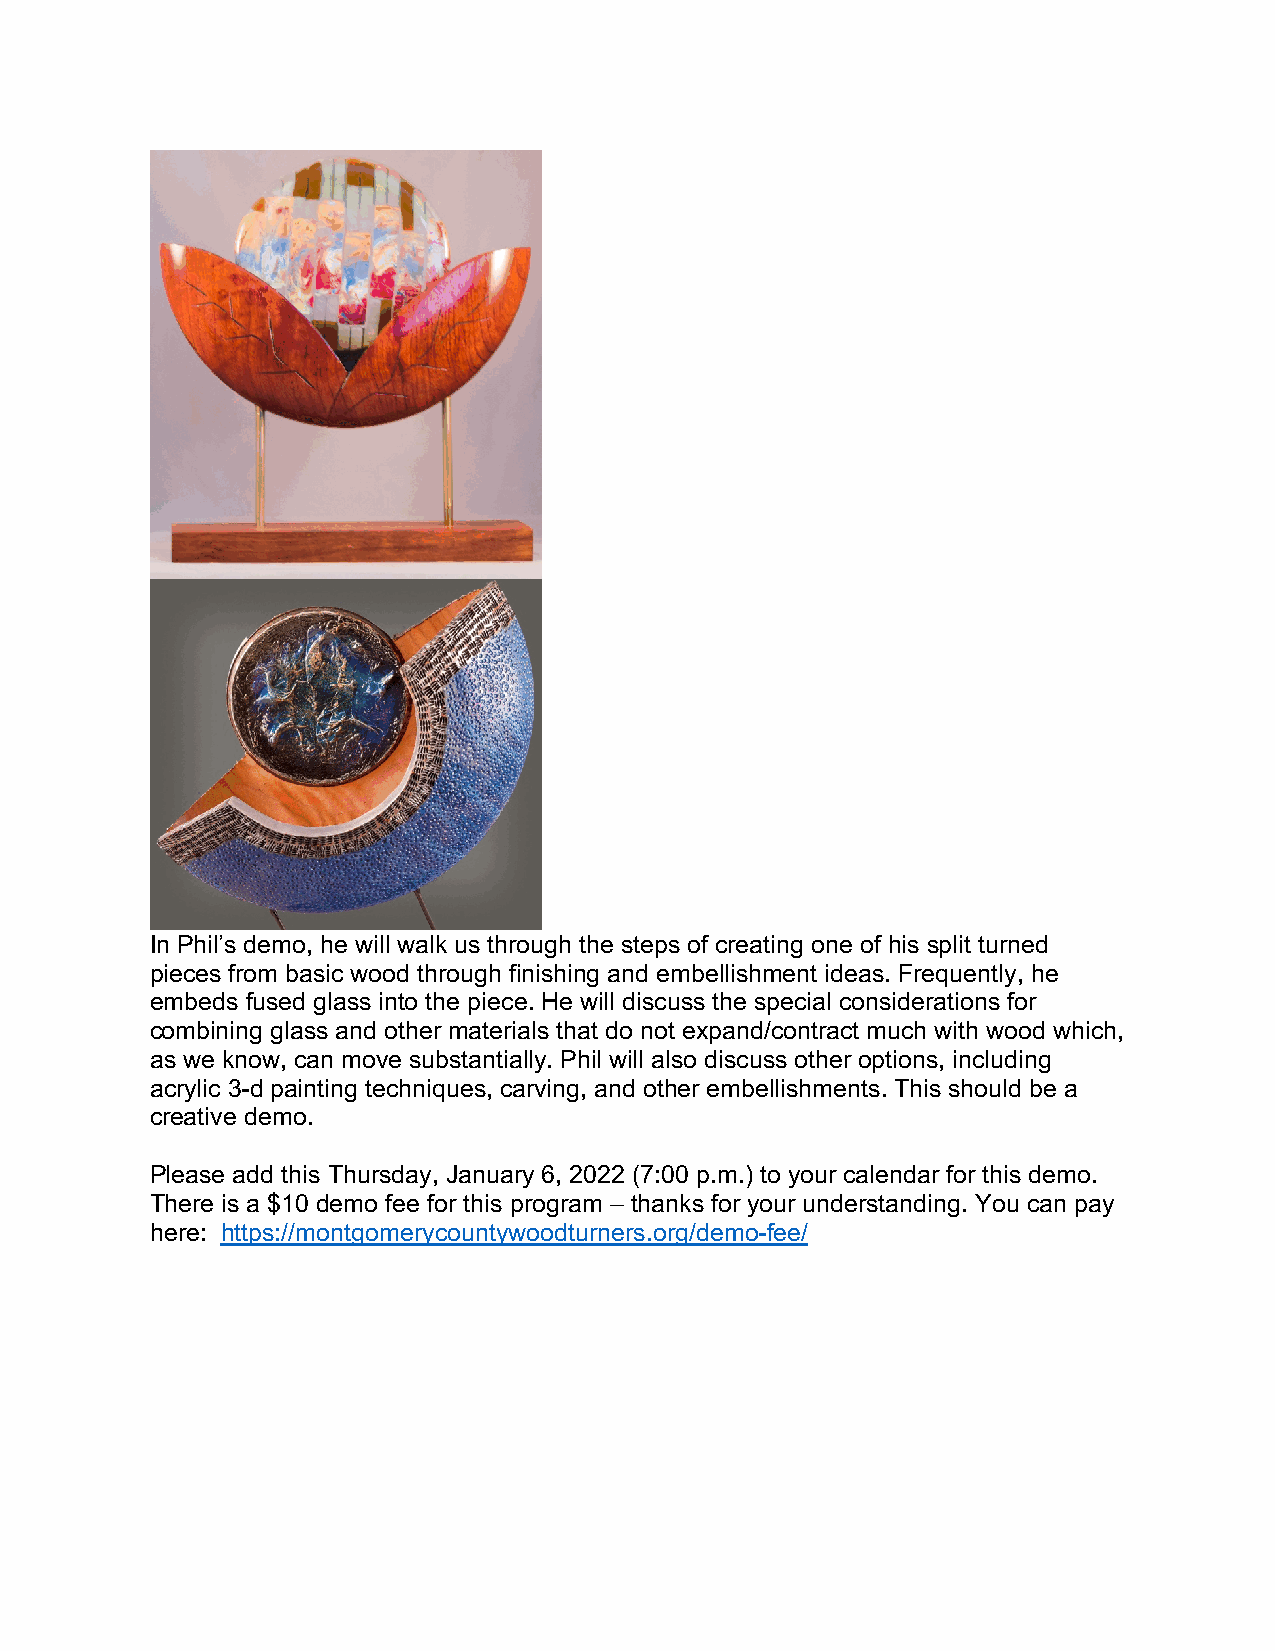
In Phil’s demo, he will walk us through the steps of creating one of his split turned
 pieces from basic wood through finishing and embellishment ideas. Frequently, he
 embeds fused glass into the piece. He will discuss the special considerations for
 combining glass and other materials that do not expand/contract much with wood which,
 as we know, can move substantially. Phil will also discuss other options, including
 acrylic 3-d painting techniques, carving, and other embellishments. This should be a
 creative demo.
 Please add this Thursday, January 6, 2022 (7:00 p.m.) to your calendar for this demo.
 There is a $10 demo fee for this program – thanks for your understanding. You can pay
 here: https://montgomerycountywoodturners.org/demo-fee/